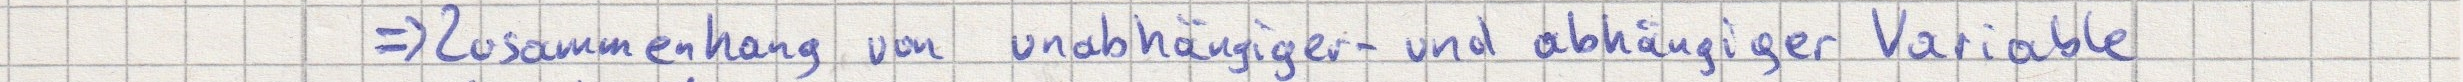
=> Zusammenhang von unabhängiger- und abhängiger Variable